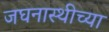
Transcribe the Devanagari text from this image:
जघनास्थीच्या